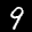
Label: 9